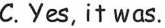
C.Yes, it was.